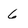
Character: 6